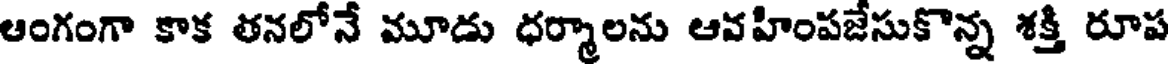
ఆంగంగా కాక తనలోనే మూడు ధర్మాలను ఆవహింపజేసుకొన్న శక్తి రూప